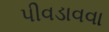
પીવડાવવા